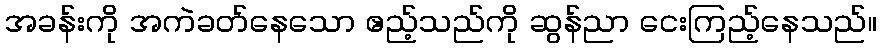
အခန်းကို အကဲခတ်နေသော ဧည့်သည်ကို ဆွန်ညာ ငေးကြည့်နေသည်။